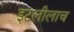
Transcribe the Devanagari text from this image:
इटलीलाच